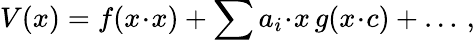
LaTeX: V(x)=f(x\! \cdot\! x)+\sum a_{i}\! \cdot\! x\, g(x\! \cdot\! c)+\dots\, ,